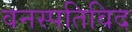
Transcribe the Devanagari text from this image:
वनस्पतिविद